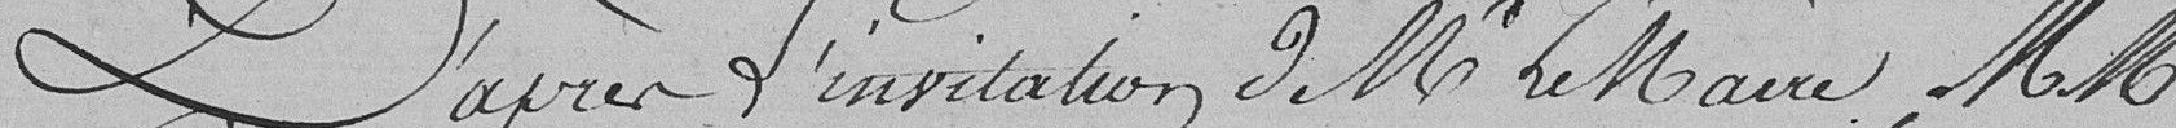
D'après l'invitation de Mr le Maire, MM